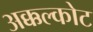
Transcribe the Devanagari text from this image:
अक्कल्कोट